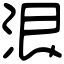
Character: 泿